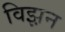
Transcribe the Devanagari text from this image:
विझ़न